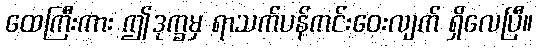
ထေကြီးကား ဤဒုက္ခမှ ရာသက်ပန်ကင်းဝေးလျက် ရှိလေပြီ။